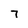
Character: 7